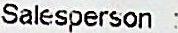
SALESPERSON :